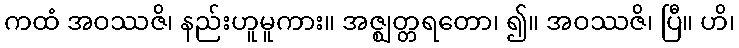
ကထံ အဝဿဇိ၊ နည်းဟူမူကား။ အဇ္ဈတ္တရတော၊ ၍။ အဝဿဇိ၊ ပြီ။ ဟိ၊